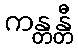
ကန္တန္တီ